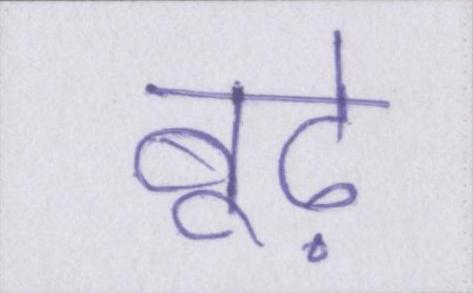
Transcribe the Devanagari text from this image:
बूढ़े